Indian journal of veterinary science and animal husbandry - Volume 11,
Year: 1941
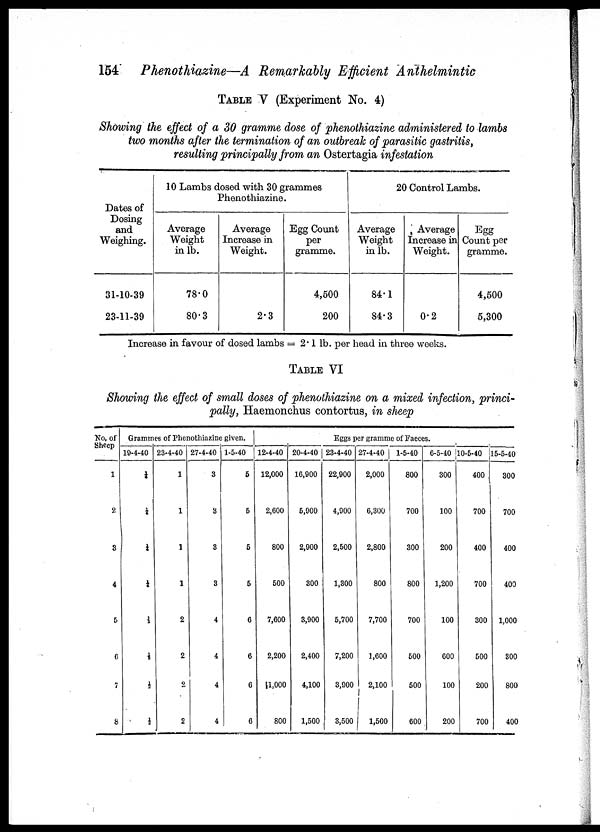
154 Phenothiazine—A Remarkably Efficient Anthelmintic
TABLE V (Experiment No. 4)
Showing the effect of a 30 gramme dose of phenothiazine administered to lambs
two months after the termination of an outbreak of parasitic gastritis,
resulting principally from an Ostertagia infestation
Dates of
Dosing
and
Weighing.
31-10-39
23-11-39
10 Lambs dosed with 30 grammes
Phenothiazine.
Average
Weight
in lb.
78.0
80.3
Average
Increase in
Weight.
2.3
Egg Count
per
gramme.
4,500
200
20 Control Lambs.
Average
Weight
in lb.
84.1
84.3
Average
Increase in
Weight.
0.2
Egg
Count per
gramme.
4,500
5,300
Increase in favour of dosed lambs = 2.1 lb. per head in three weeks.
TABLE VI
Showing the effect of small doses of phenothiazine on a mixed infection, princi-
pally, Haemonchus contortus, in sheep
No. of
Sheep
1
2
3
4
5
6
7
8
Grammes of Phenothiazine given.
19-4-40
1
¼
¼
1
½
½
½
½
23-4-40
1
1
1
1
2
2
2
2
27-4-40
3
3
3
3
4
4
4
4
1-5-40
5
5
5
5
6
6
6
6
Eggs per gramme of Faeces.
12-4-40
12,000
2,600
800
500
7,600
2,200
1,000
800
20-4-40
16,900
5,900
2,900
300
3,900
2,400
4,100
1,500
23-4-40
22,900
4,900
2,500
1,300
5,700
7,200
3,900
3,500
27-4-40
2,000
6,300
2,800
800
7,700
1,600
2,100
1,500
1-5-40
800
700
300
800
700
500
500
600
6-5-40
300
100
200
1,200
100
600
100
200
10-5-40
400
700
400
700
300
500
200
700
15-5-40
300
700
400
400
1,000
300
800
400